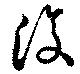
復